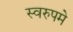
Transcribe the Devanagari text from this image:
स्वरुपमे